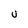
Character: U